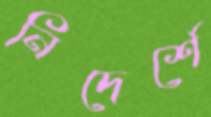
নিদের্শে